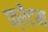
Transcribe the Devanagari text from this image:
फ्रेंटम